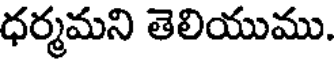
ధర్మమని తెలియుము.